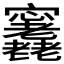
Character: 𡬕